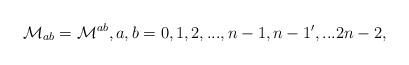
LaTeX: \begin{align*}\mathcal{M}_{ab}=\mathcal{M}^{ab},a,b=0,1,2,...,n-1,n-1',...2n-2,\end{align*}